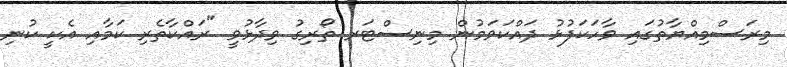
މިރަސްމިއްޔާތުގައި ވާހަކަފުޅު ދައްކަވަމުން މިނިސްޓަރ ތޯރިގު ވިދާޅުވީ "ރައްކާތެރި ކަމާއި އެކީ ކުނި